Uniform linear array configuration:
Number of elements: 64
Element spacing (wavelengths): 1
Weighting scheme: binomial
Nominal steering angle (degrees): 60
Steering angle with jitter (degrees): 60.561
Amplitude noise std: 0.05
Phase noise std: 0.05

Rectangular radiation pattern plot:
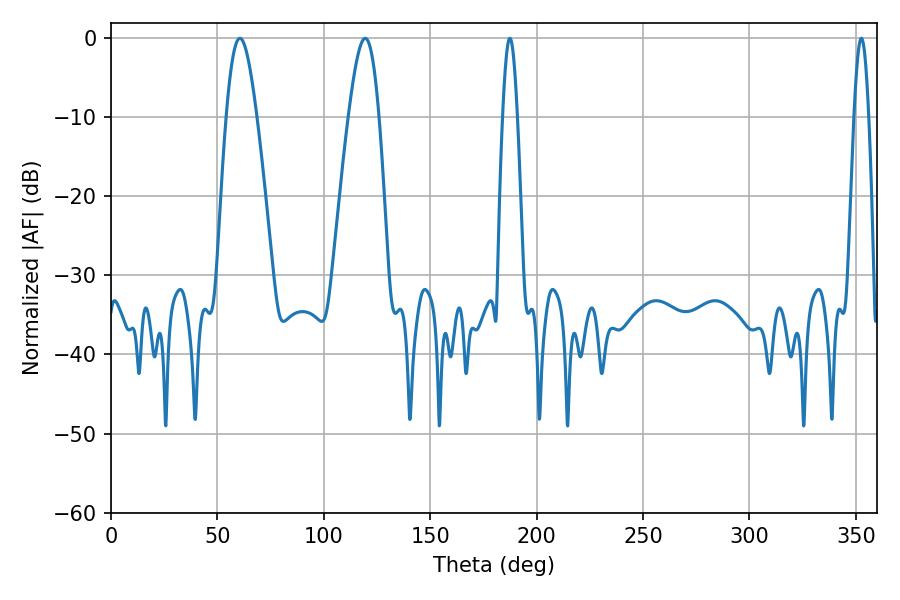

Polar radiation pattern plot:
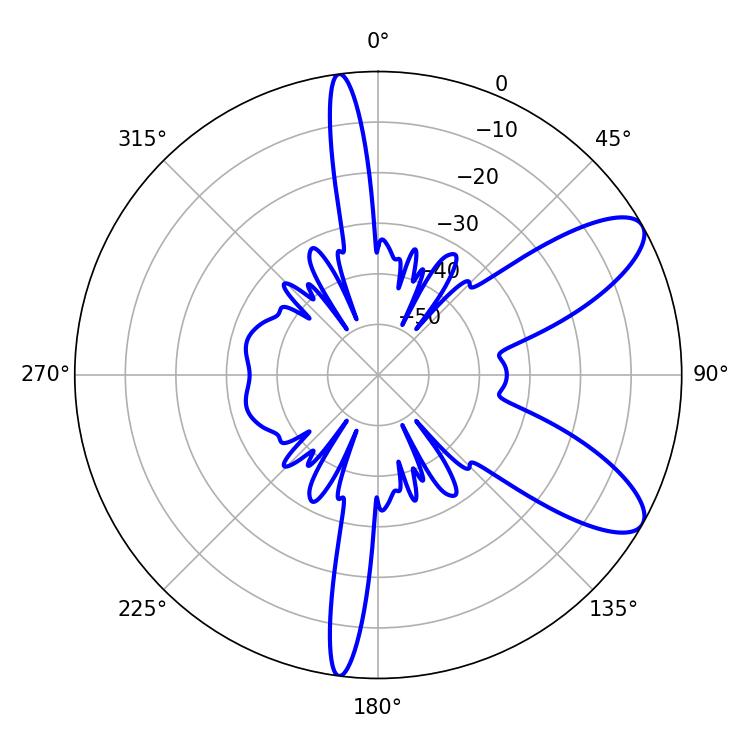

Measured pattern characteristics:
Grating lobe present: TRUE
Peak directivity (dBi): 9.242
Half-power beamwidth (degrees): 7.74
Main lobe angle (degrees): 60.48